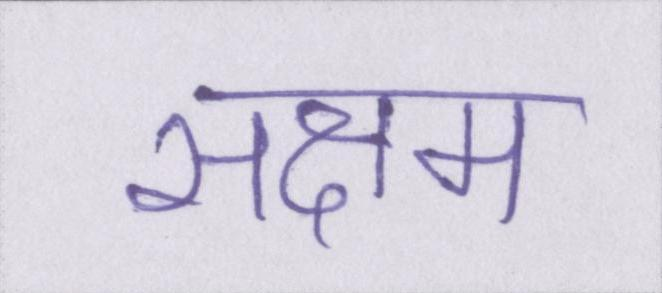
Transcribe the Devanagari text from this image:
सक्षम